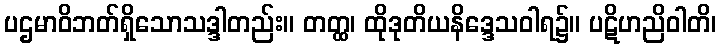
ပဌမာဝိဘတ်ရှိသောသဒ္ဒါတည်း။ တတ္ထ၊ ထိုဒုတိယနိဒ္ဒေသဝါရ၌။ ပဋိဟညိဝါတိ၊